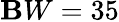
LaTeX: \mathbf{B}W=35